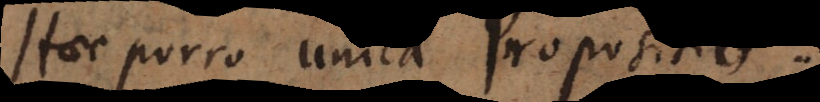
Haec porro unica Propositio